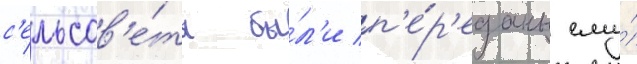
с'ельсов'е́ты бы́л'и п'е́р'еданы ему́